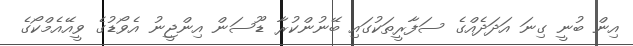
އިން ބުނީ ގިނަ އަދަދެއްގެ ސަފާރީތަކުގައި ބޭނުންކުރާ ޑޫސަން އިންޖީނު އެވޯޑުގެ ވީއޭއެމްކޯގެ